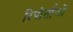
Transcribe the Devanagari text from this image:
रिपोर्ताजों